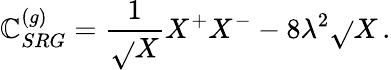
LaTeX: \mathbb{C}_{SRG}^{(g)}=\frac{{1}}{{\sqrt{}{{X}}}}X^{+}X^{-}-8\lambda^{2}\sqrt{}{{X}}\, .